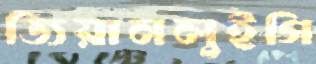
জিয়ানলুইগি